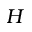
H